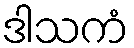
ဒါသကံ